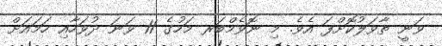
ވަނީ ތާވަލުކޮށްފަ އެވެ. މި ނޮވެމްބަރ މަހުގެ 11 ވަނަ ދުވަހާއި ހަމައަށް